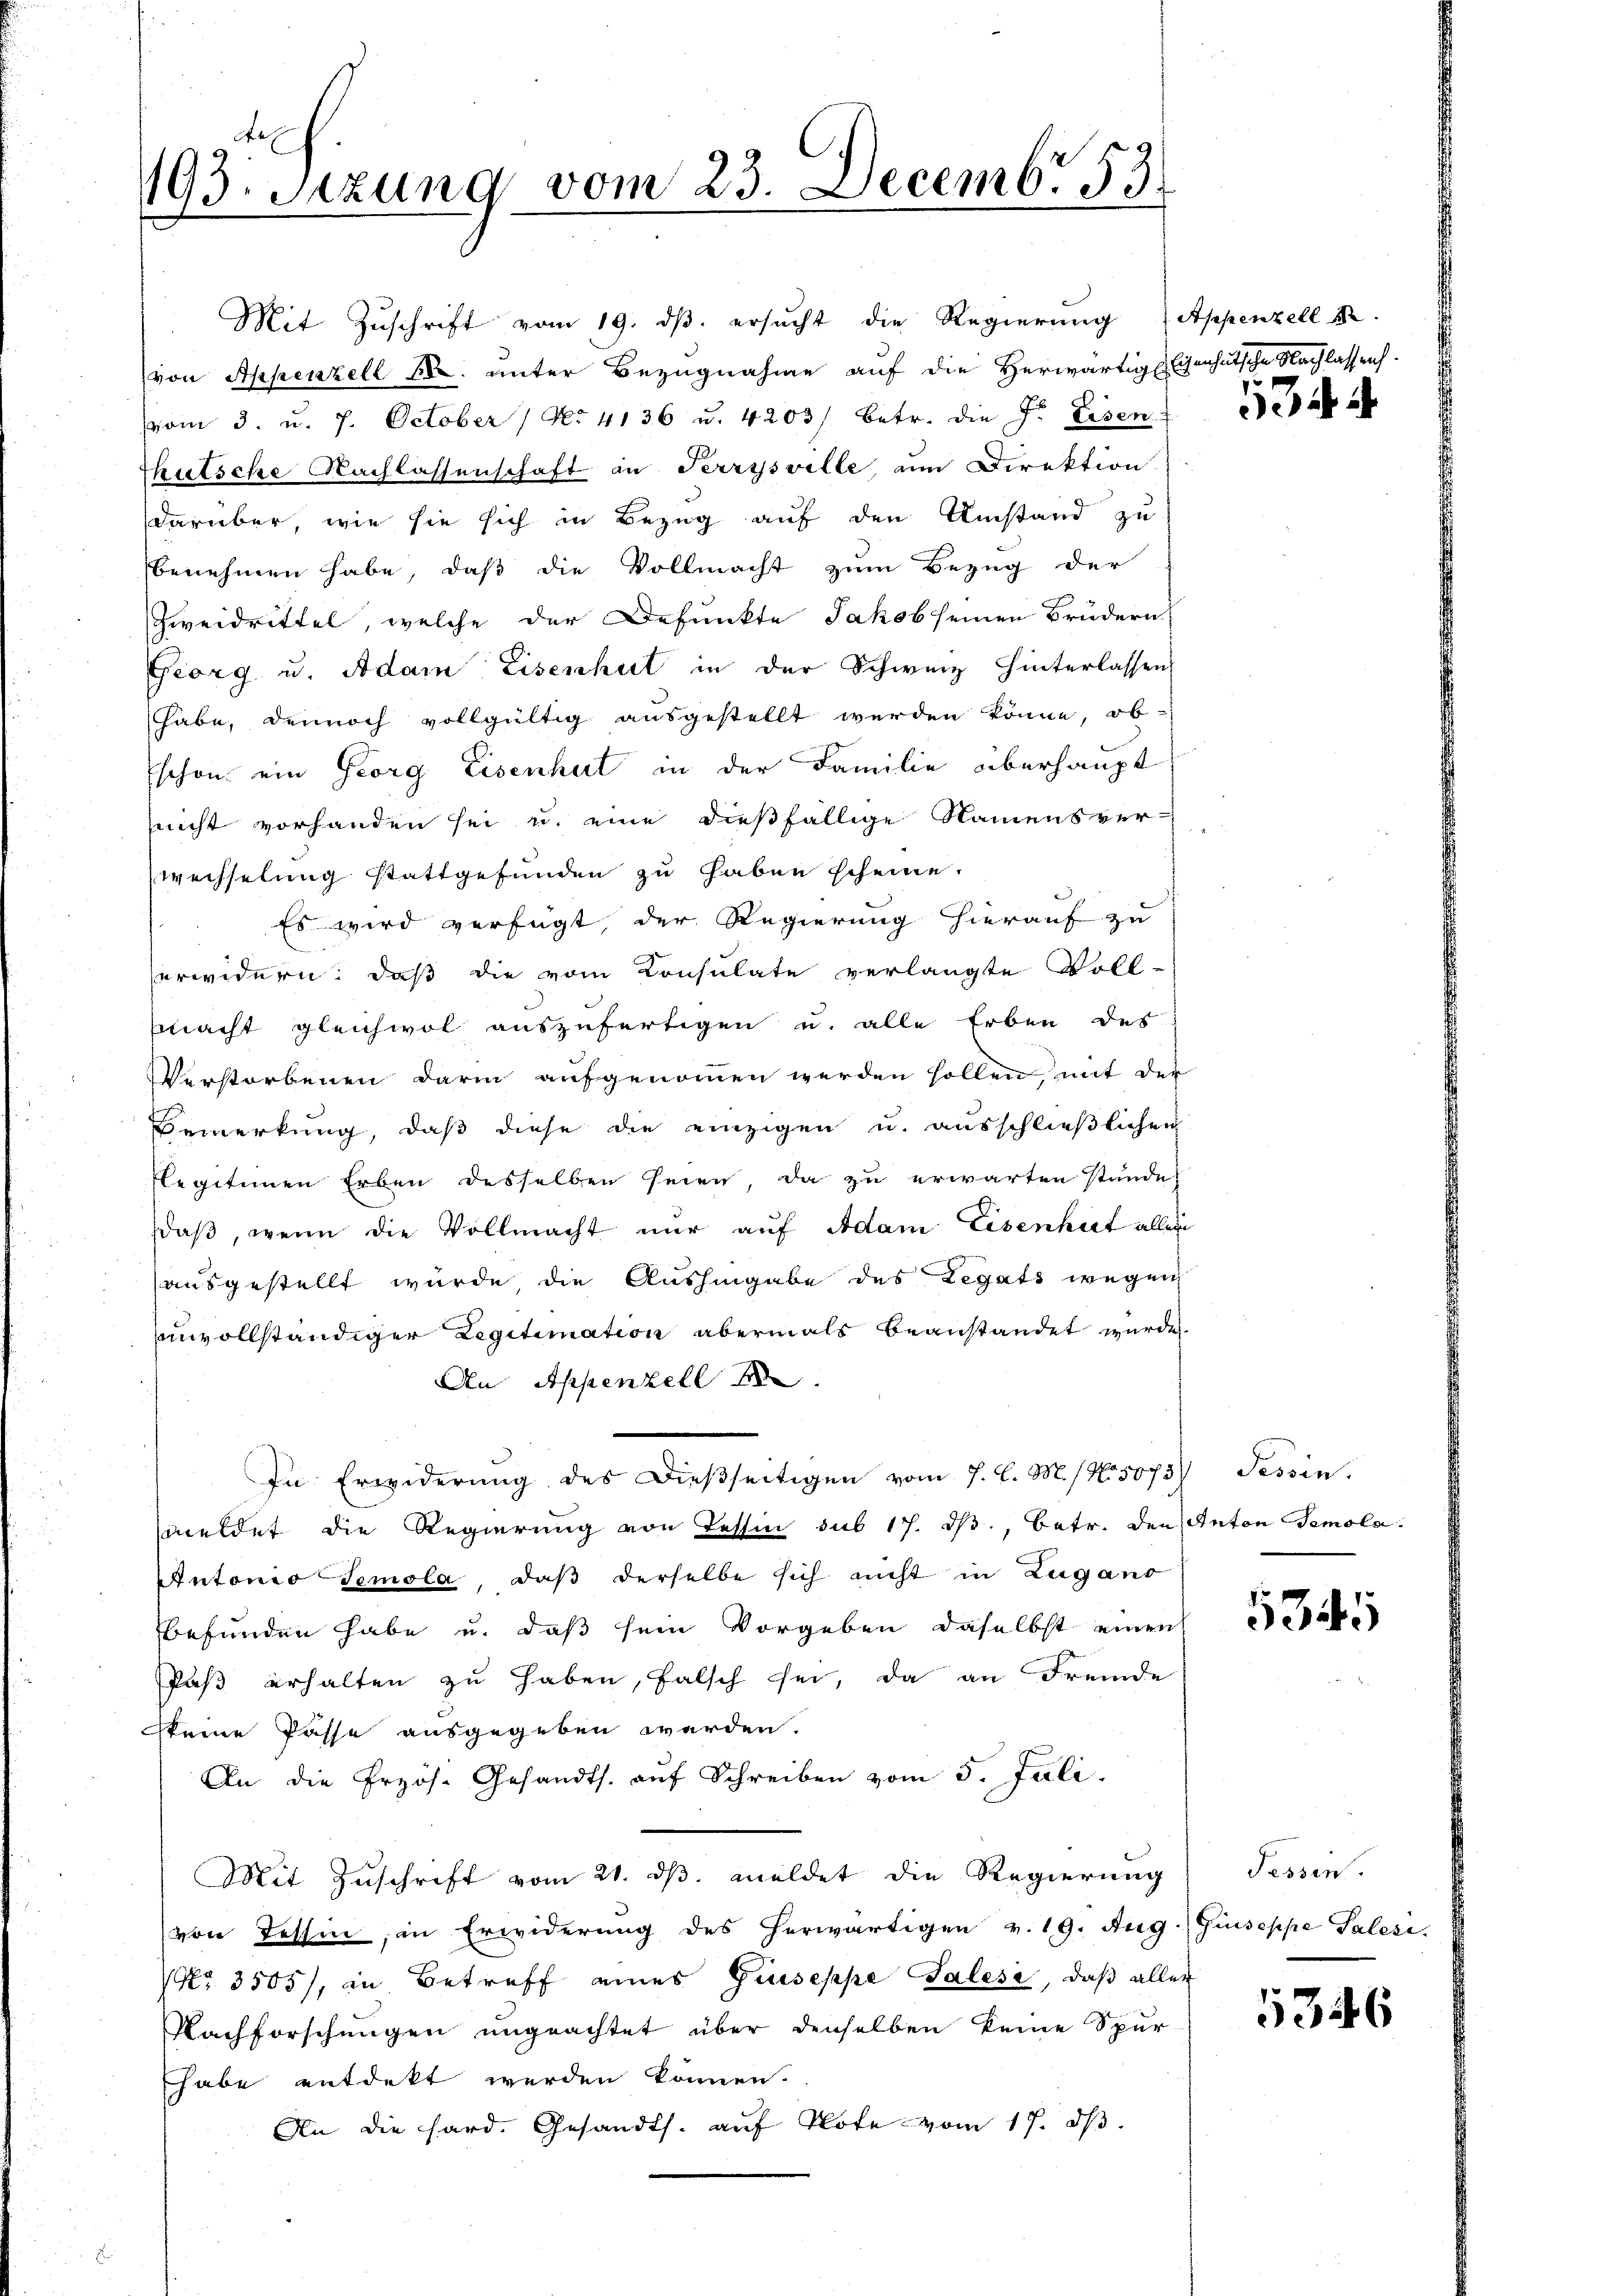
193. Sitzung vom 23. Decembr 53.

Mit Zuschrift vom 19. ds. ersucht die Regierung Appenzell 12.
von Appenzell 8. unter Bezugnahme auf die Herwärtige Eisenhutsche Nachlassen.
vom 3. u. 7. October 1 No 4136 u. 4203/ betr. die Fr. Eisen.
kutsche Nachlassenschaft an Terrysville um Direktion
darüber wie sie sich in Bezug auf den Umstand zu
benehmen habe, daß die Vollmacht zum Bezug der
Zweidrittel, welche der Defunkte Jakob seinen Brudern
Georg u. Adam Eisenhut in der Schweiz hinterlassens
habe, dennoch vollgültig ausgestellt werden könne, ob-
Eschon ein Georg Eisenhut in der Familie überhaupt
snicht vorhanden sei u. eine dießfällige Namensver-
wechselung stattgefunden zu haben scheine.
Es wird verfügt, der Regierung hierauf zu
erwidern: daß die vom Consulate verlangte Voll-
macht gleichwol auszufertigen u. alle Erben des
Verstorbenen darin aufgenommen werden sollen, mit der
Bemerkung, daß diese die einzigen u. ausschließlichen
Flegitimen Erben desselben seien, da zu erwarten Stunde
daβ, wenn die Vollmacht nur auf Adam Eisenheit aller
ausgestellt wurde die Aushingabe des Legats wegen
envollständiger Legitimation abermals beanstandet wurde.
An Appenzell
In Erwiderung des dießseitigen vom 7. l. M. (N. 5073) Tessin.
meldet die Regierung von Tessin sub 17. dβ, betr. den Anton Temola
Intonio Temola, daß derselbe sich nicht in Zugano
befunden habe u. daß sein Vorgeben daselbst einrich
Paß erhalten zu haben, falsch sei, da an Fremde
keine Pässe ausgegeben werden.
An die Erzös. Gesandts. aŭf Schreiben vom 5. Juli.
Mit Zuschrift vom 21. ds. meldet die Regierung
von Tessin, in Erwiderung des herwärtigen v. 19. Aug
NNo. 3505), in Betreff eines Guseppe Talesi, daß aller
Nachforschungen ungeachtet über denselben keine Spur
habe entdekt werden können.
An die Hard. Gesandts. auf Note vom 17. ds.

134

5345

Fessen
Giuseppe Palesi.

5346